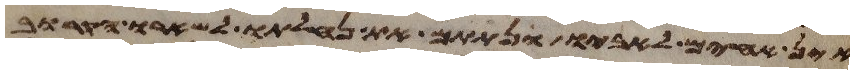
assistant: אין אחים לאביו ונתתם את נחלתו לשארו הקרוב